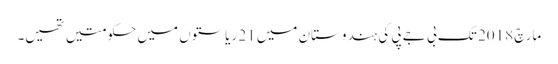
مارچ 2018 تک بی جے پی کی ہندوستان میں 21 ریاستوں میں حکومتیں تھیں۔